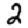
Digit: 2